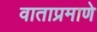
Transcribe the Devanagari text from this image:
वाताप्रमाणे